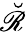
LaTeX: \breve{\mathscr R}